Sketch of the medical history of the native army of Bombay, for the year
Year: 1872
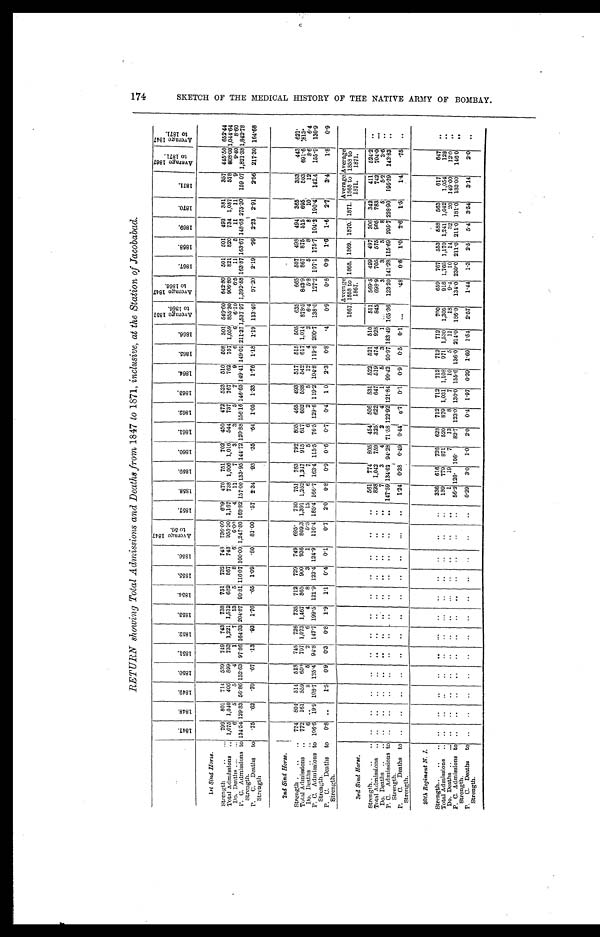
RETURN showing Total Admissions and Deaths from 1847 to 1871, inclusive, at the Station of Jacobabad.
1 8 4 7 .
1 8 4 8 .
1 8 4 9 .
1 8 5 0 .
1 8 5 1 .
1 8 5 2 .
1 8 5 3 .
1 8 5 4 .
1 8 5 5 .
1 8 5 6 .
A v e r a g e 1 8 4 7 t o 5 6 .
1 8 5 7 .
1 8 5 8 .
1 8 5 9 .
1 8 6 0 .
1 8 6 1 .
1 8 6 2 .
1 8 6 3 .
1 8 6 4 .
1 8 6 5 .
1 8 6 6 .
A v e r a g e 1 8 5 7 t o 1 8 6 6 .
A v e r a g e 1 8 4 7 t o 1 8 6 6 .
1 8 6 7 .
1 8 6 8 .
1 8 6 9 .
1 8 7 0 .
1 8 7 1 .
A v e r a g e 1 8 6 7 t o 1 8 7 1 .
A v e r a g e 1 8 4 7 t o 1 8 7 1 .
1st Sind Horse .
Strength
799 801 714 589 749 743 738 751 732 748 736.00 609 470 751 702 450 472 523 510 508 501 549.60 642.80 501 501 493 381
357 445.50 652.44
Total Admissions
1,075 1,040 406 899 733 1,221 1,512 682 867 748 958.30 1,167 738 1,006 1,016 544 737 767 762 757 1,059 855.30 906.80 821 820 734 1,087
578 808.00
1 , 0 4 4 . 6 4
Do. Deaths
6
5
5
4
1
7 13
5
8
6
6 . 0 0
4 11
7
3
3
5
7
9
6
6 6.10
6.5 11
5 11 11
9 9.40 8.60
P. C. Admissions to
Strength
134.54 129.83 56.86 152.63 97.86 164.33 204.87 90.81 116.07
1 0 0 . 0 0
1 , 2 4 7 . 8 0
168.82 157.00 133.95 144.72 120.88 156.16
1 4 6 . 6 5
149.41 149.01 211.37
1 , 5 3 7 . 9 7
1,392.88 163.87 163.67 148.68 275.30 159 07 1,821.38 1,842.78
P. C. Deaths to
Strength
.75 .62 .70 .67 .13
. 9 3
1.76
. 6 5
1.09
. 8 0
81.00 .57 2.34
. 9 3
. 3 5
. 6 4
1 . 0 5
1.33 1.76 1.18 1.19 113.40 97.20 2.19 .99 2.23 2.91 2.56 217.30 164.68
2nd Sind Horse.
Strength
724 804 514 518 745 726 735 712 729 749 695. 750 751 763 792 805 465 493 517 515 505 635
665 507 498 494 365
353
443 621.
Total Admissions
772 161 559 650 707 1,073 1,467 868 900 936 809.3 1,391 1,252 1,247 915 617 602 588 542 617 1,014 878.5 843.9 867 875 515 695
503 691.6 813.
Do. Deaths
6
. .
8
5
2
6
4
8
3
1
5.3 15
6
7
5
6
2
5 12
4
2 6.4
5.8
5
8
8 10
12
8.6 6.4
P. C. Admissions to
Strength.
106.6 19.9 108.7 125.4 94.8 147.7 199.5 121.9 123.4 124.9 116.4 185.4 166.7 163.4 115.5 76.5 129.6 119.2 104.8 119.8 200.7 138.0 127.2 107.1 175.7 104.2 190.4 142.4 155.9 130.9
P. C. Deaths to
Strength.
0 . 8
..
1.5 0.9
0 . 3
0.8
1 . 9
1.1 0.4 0.1
0.7 2.0 0.8 0.9 0.6 0.7 0.4 1 0 2.3 0.8 .4
0.9
0.8 0.9 1.6 1.6 2.7
3.4
1.8 0.9
3rd Sind Horse.
1867.
Average
1858 to
1867.
1868. 1869. 1870. 1871.
Average
1868 to
1871.
Average
1858 to
1871.
Strength
. .
. .
. .
. .
. .
. .
. .
. .
. .
. .
. .
. .
561 774 805 454 506 531 522 521 510 511 569.5 499 497 306 342
411 524.2
. .
Total Admissions
. .
. .
. .
. .
. .
. .
. .
. .
. .
. .
. .
. .
828 1,042 759 325 622 647 519 474 928 845 698.9 705 575 905 783
742 704.0
. .
Do. Deaths
. .
. .
. .
. .
. .
. .
. .
. .
. .
. .
. .
. .
7
3
4
2
4
1
5
3
1
. .
3
3
5
8
5
5.2
3.6
. .
P. C. Admissions
to Strength.
. .
. .
. .
. .
. .
. .
. .
. .
. .
. .
. .
. .
147.59 134.62 94.28 71.58 122.92 121.84 99.42 90.97 183.49 165.36 123.20 141.28
1 1 5 . 6 9
295.7 228.90 195.39 143.83
. .
P. C. Deaths to
Strength.
. .
. .
. .
. .
. .
. .
. .
. .
. .
. .
. .
. .
1 . 2 4
0 . 3 8
0 . 4 9
0 . 4 4
0 . 7
0 . 1
0 . 9
0 . 5
0 . 1
. . .
. 4 8
0 . 6
1 . 0
2 . 6
1 . 5
1 . 4
. 7 5
. .
30th Regiment N. I.
Strength
. .
. .
. .
. .
. .
. .
. .
. .
. .
. .
. .
. .
336 616 726 628 712 712 712 712 712 700
659 767 553 588 563
617
647
. .
Total Admissions
. .
. .
. .
. .
. .
. .
. .
. .
. .
. .
. .
. .
189 779 871 520 879 1,031 1,108 971 1,530 1,305
918
1 , 7 6 5
1 , 1 7 0
1,241 1,042 1,054
128
. .
Do. Deaths
. .
. .
. .
. .
. .
. .
. .
. .
. .
. .
. .
. .
1 19
7 13
8
7 10
5 11
18
9.4 10 14 32 20 149.00
12.0
. .
P. C. Admissions to
Strength.
. .
. .
. .
. .
. .
. .
. .
. .
. .
. .
. .
. .
56.2
1 2 6 .
106. 82.7 123.0 130.0
1 5 5 . 6
136.0 214.0 186.0 134.0 230.0
2 1 1 . 0
211.0 181.0 183.00 146.0
. .
. .
P. C. Deaths to
Strength.
. .
. .
. .
. .
. .
. .
. .
. .
. .
. .
. .
. .
0.29 3.0 1.0 2.0 0.4 1.97
0 . 3 9
1.69 1.54 2.57
1.44 1.3 2.5 5.4 3.54 3.14
2.0
. .
1 7 4 S K E T C H O F T H E M E D I C A L H I S T O R Y O F T H E N A T I V E A R M Y O F B O M B A Y .